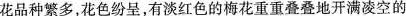
花品种繁多，花色纷呈，有淡红色的梅花重重叠叠地开满凌空的